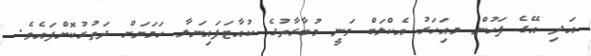
އަދި އޭގެ ފަހުން މއިަހަރު އެކްލަބް ވަނީ މުބާރާތުގެ ކުއާޓަފައިނަލާ ހަމަޔަށް ދަތުރުކޮށްފައެވެ.